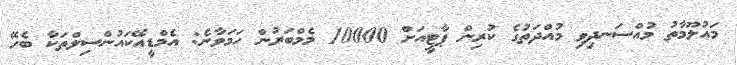
މައުލޫމާތު މުއްސަނދިވި މުއްދަތުގެ ކުރިން ޕާޓީއަށް 10000 މެމްބަރުން ހަމަވާނެ: އެމްޑީއޭކައުންސިލްތަކާ ބެހޭ